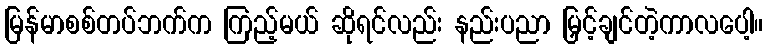
မြန်မာစစ်တပ်ဘက်က ကြည့်မယ် ဆိုရင်လည်း နည်းပညာ မြှင့်ချင်တဲ့ကာလပေါ့။